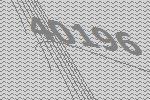
40196